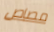
مصاص